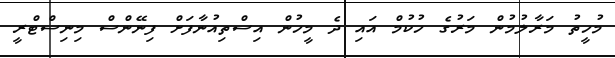
މުހީތު މަރާލުމުން މަރުގެ ހުކުމް އައި ދެ މީހުން އިސްތިއުނާފަށް ފިނޭންސް މިނިސްޓްރީ